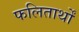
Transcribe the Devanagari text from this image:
फलितार्थों